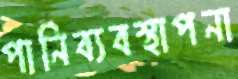
পানিব্যবস্থাপনা